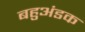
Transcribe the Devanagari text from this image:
बहुअंडक